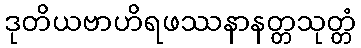
ဒုတိယဗာဟိရဖဿနာနတ္တသုတ္တံ